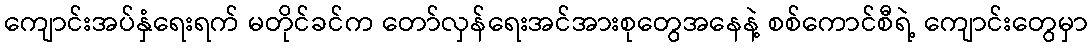
ကျောင်းအပ်နှံရေးရက် မတိုင်ခင်က တော်လှန်ရေးအင်အားစုတွေအနေနဲ့ စစ်ကောင်စီရဲ့ ကျောင်းတွေမှာ